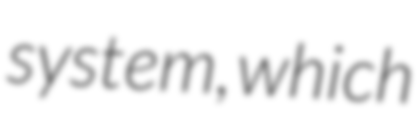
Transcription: system, which